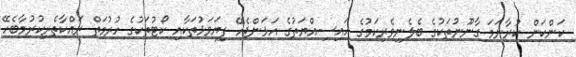
ކަންކަން ކުރާނަމަ ގާނޫނުތަކުގެ ބެލެނިވެރިކަމުގެ ހައިސިއްޔަތުގެ އަޅަންޖެހޭ ފިޔަވަޅުތަކާއި ކޯޓުތަކުގެ ހުރުމަތް ރައްކާތެރިކުރުމާާބެހޭ